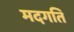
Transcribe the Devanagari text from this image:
मदगति